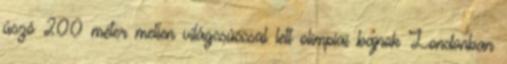
úszó 200 méter mellen világcsúccsal lett olimpiai bajnok Londonban